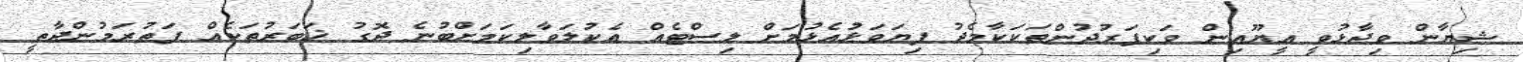
ޝިޔާން ވިދާޅުވީ އީޔޫއިން ވަކިފަރުދުންތަކަކާމެދު ފިޔަވަޅުއެޅުމަށް ލިސްޓެއް އެކުލަވާލިކަމަށްބުނެ ދޮގު ޚަބަރުތަކެއް ފަތުރަމުންދާތީ